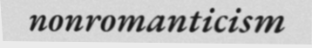
nonromanticism